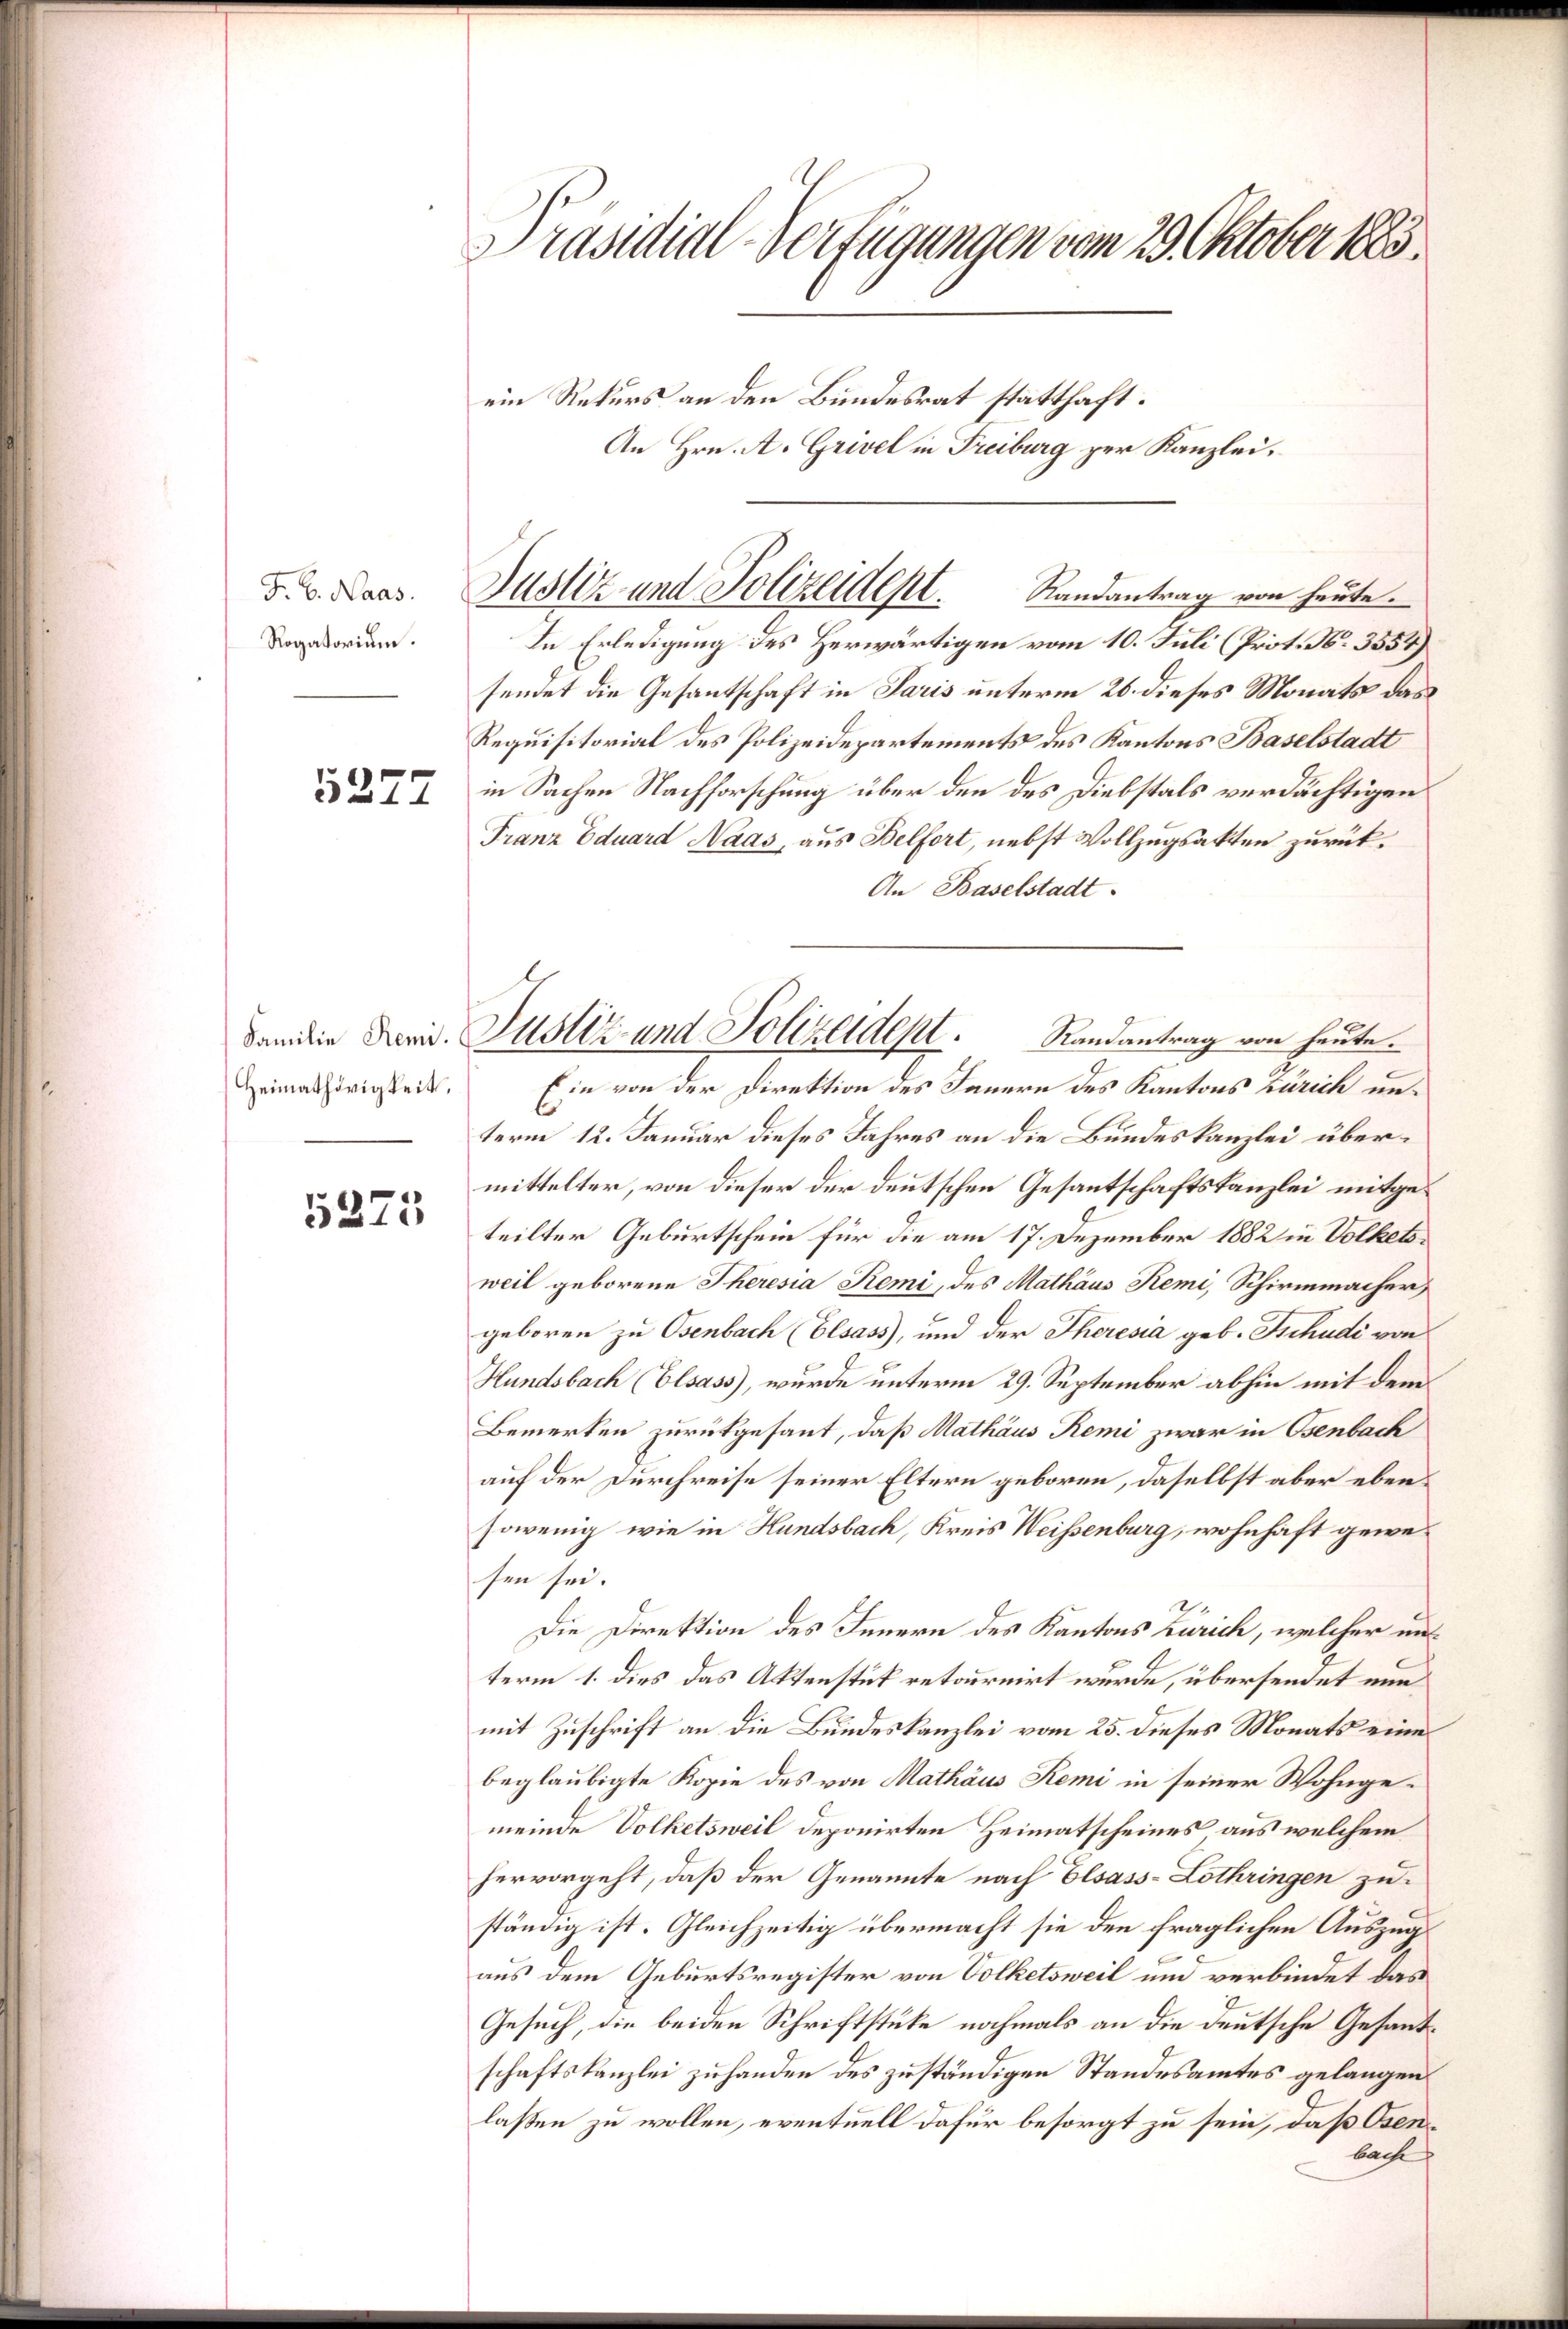
F. B. Haas.
Rogatorium.
5277

Heimathörigkeit,

5375

Präsidial-Verfügungen vom 29. Oktober 1883.

ein Rekurs an den Bundesrat statthaft:
An Hrn. A. Grivel in Freiburg zur Kanzlei.
In Erledigung des Herwärtigen vom 10. Juli (Prot. N. 3554)
sendet die Gesantschaft in Paris unterm 26. dieses Monats das
Requisitorial des Polizeidepartements des Kantons Baselstadt
in Sachen Nachforschung über den des Diebstals verdächtigen
Franz Eduard Naas, aus Belfort, nebst Vollzugsakten zurück¬
An Baselstadt.
Ein von der Direktion des Sauern des Kantons Zürich unl
term 12. Januar dieses Jahres an die Bundeskanzlei übermittelter, von dieser der deutschen Gesantschaftskanzlei mitgeteilter Geburtschein für die am 17. Dezember 1882 in Volketsweil geborene Theresia Remi, des Mathäus Remi, Schirmmacher,
geboren zu Osenbach (Elsass, und der Theresia geb. Schudi von
Hundsbach (Elsass, wurde unterm 29. September abhin mit dem
Bemerken zurükgesant, daß Mathäus Remi zwar in Osenbach
auf der Durchreise seiner Eltern geboren, daselbst aber ebensowenig wie in Hundsbach, Kreis Weissenburg, wohnhaft gewesen sei.
2.
Die Direktion des Innern des Kantons Zürich, welcher unterm 1. dies das Aktenstück retournirt wurde, übersendet nun
mit Zuschrift an die Bundeskanzlei vom 25. dieses Monats eine
beglaubigte Kopie des von Mathäus Remi in seiner Wohngemeinde Volketsweil deponirten Heimatscheines aus welchem
hervorgeht, daß der Genannte nach Elsass-Lothringen zuständig ist. Gleichzeitig übermacht sie den fraglichen Auszugaus dem Geburtsregister von Volketsweil und verbindet das
Gesuch, die beiden Schriftstüke nochmals an die deutsche Gesandschaftskanzlei zuhanden des zuständigen Standesamtes gelangen
lassen zu wollen, eventuell dafür besorgt zu sein, daß Osen
bacht

Justiz und Polizeident.
Randantrag von heute.

Familie Herid. Justiz- und Polizeident.          Randantrag von heute.